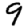
Digit: 9